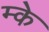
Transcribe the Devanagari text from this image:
म्के